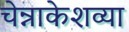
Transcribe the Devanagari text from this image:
चेन्नाकेशव्या